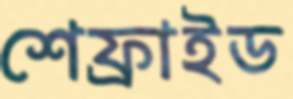
শেফ্রাইড